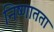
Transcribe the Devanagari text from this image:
निष्णातता